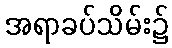
အရာခပ်သိမ်း၌